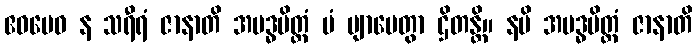
ဧဝမေဝ န သရီရံ ဇာနာတိ အဗဒ္ဓပိတ္တံ မံ ဗျာပေတွာ ဌိတန္တိ။ နပိ အဗဒ္ဓပိတ္တံ ဇာနာတိ